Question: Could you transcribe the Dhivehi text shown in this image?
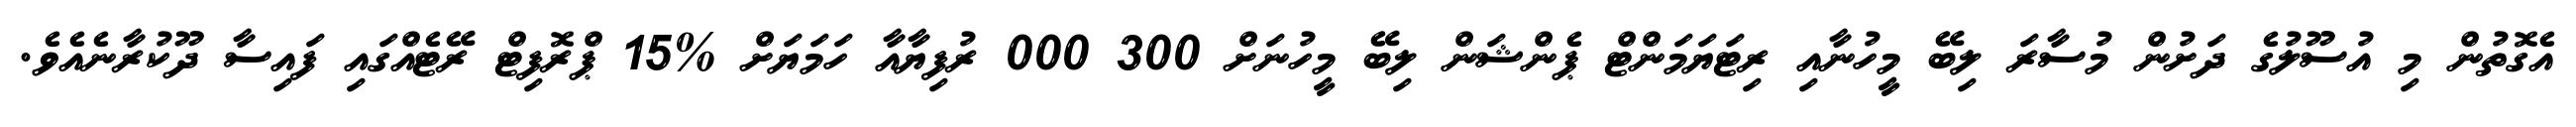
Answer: އެގޮތުން މި އުސޫލުގެ ދަށުން މުސާރަ ލިބޭ މީހުނާއި ރިޓަޔަމަންޓް ޕެންޝަން ލިބޭ މީހުނަށް 300 000 ރުފިޔާއާ ހަމަޔަށް %15 ޕްރޮފިޓް ރޭޓެއްގައި ފައިސާ ދޫކުރާނެއެވެ.